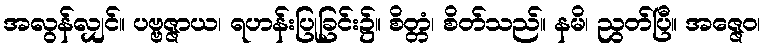
အလွန်လျှင်။ ပဗ္ဗဇ္ဇာယ၊ ရဟန်းပြုခြင်း၌။ စိတ္တံ၊ စိတ်သည်။ နမိ၊ ညွတ်ပြီ။ အဇ္ဇေဝ၊